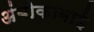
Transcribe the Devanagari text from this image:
अंबीकाबाई